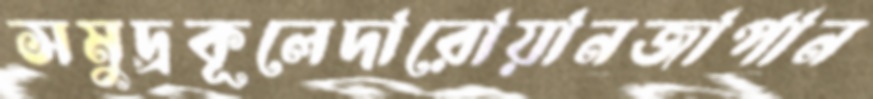
সমুদ্রকূলেদারোয়ানজাপান